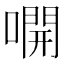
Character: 𫫭